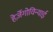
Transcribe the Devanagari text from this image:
हेर्ज़ेगोविन्याई